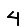
Digit: 4